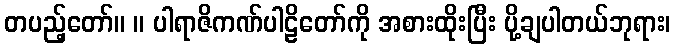
တပည့်တော်။ ။ ပါရာဇိကဏ်ပါဠိတော်ကို အစားထိုးပြီး ပို့ချပါတယ်ဘုရား၊